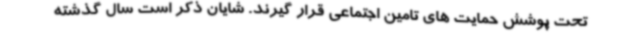
تحت پوشش حمایت های تامین اجتماعی قرار گیرند. شایان ذکر است سال گذشته